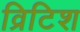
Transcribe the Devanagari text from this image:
व्रिटिश